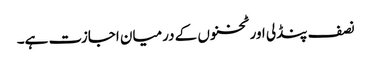
نصف پنڈلی اور ٹخنوں کے درمیان اجازت ہے۔